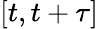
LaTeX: [t,t+\tau]